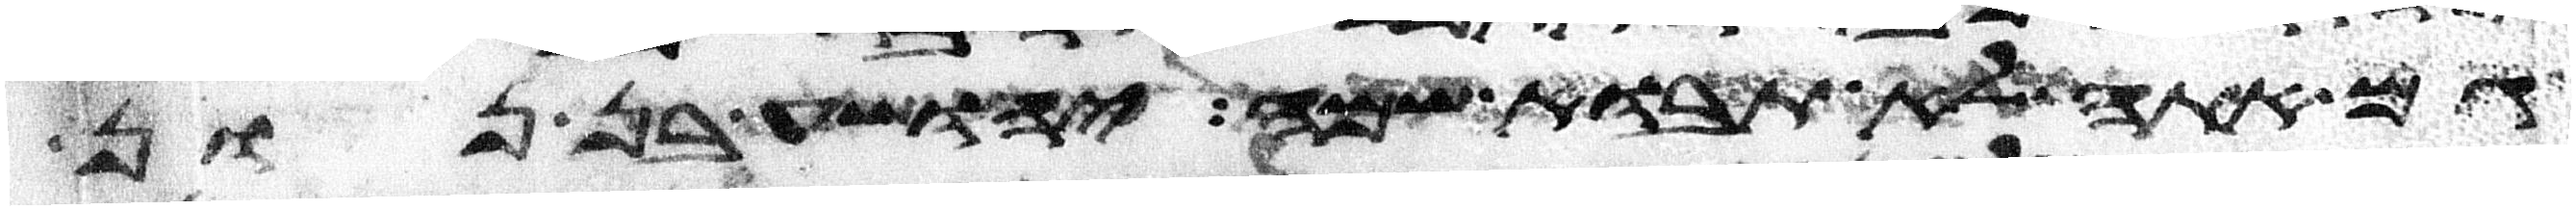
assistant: גם אתה לא תבוא שמה יהושע בן נון